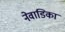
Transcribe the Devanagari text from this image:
नेवाडिका